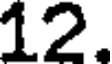
12.